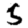
Digit: 5